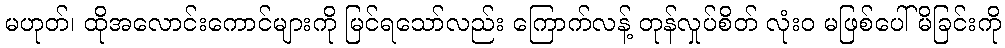
မဟုတ်၊ ထိုအလောင်းကောင်များကို မြင်ရသော်လည်း ကြောက်လန့် တုန်လှုပ်စိတ် လုံးဝ မဖြစ်ပေါ်မိခြင်းကို